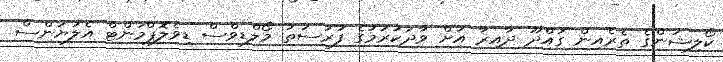
ކޯލިޝަންގެ ތެރެއިން ގައްދޫ ދާއިރާ އަށް ވާދަކުރުމުގެ ފުރުސަތު މޯލްޑިވްސް ޑިވެލޮޕްމަންޓް އެލަޔަންސް